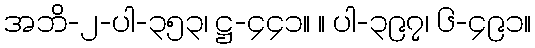
အဘိ-၂-ပါ-၃၅၃၊ ဋ္ဌ-၄၄၁။ ။ ပါ-၃၉၇၊ ၆-၄၉၁။